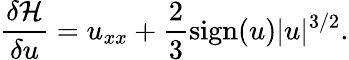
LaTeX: \frac{\delta\mathcal{H}}{\delta u}=u_{xx}+\frac{2}{3}\mathrm{sign}(u)|u|^{3/2}.